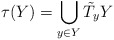
\begin{align*} \tau(Y)={\bigcup_{y\in Y} \tilde{T}_y Y}\end{align*}